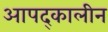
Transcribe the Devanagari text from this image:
आपद्कालीन